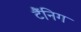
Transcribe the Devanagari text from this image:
टैंनिग